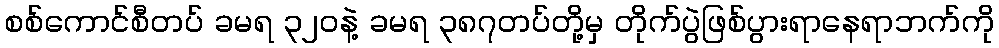
စစ်ကောင်စီတပ် ခမရ ၃၂၀နဲ့ ခမရ ၃၈၇တပ်တို့မှ တိုက်ပွဲဖြစ်ပွားရာနေရာဘက်ကို